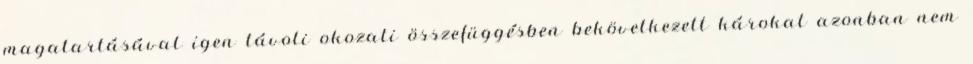
magatartásával igen távoli okozati összefüggésben bekövetkezett károkat azonban nem